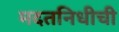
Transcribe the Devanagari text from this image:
मदतनिधीची